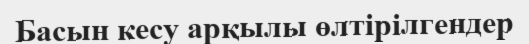
Басын кесу арқылы өлтірілгендер